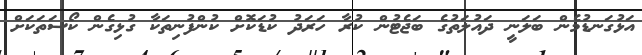
އަޅުގަނޑުމެން ބަލަނީ ދައުލަތުގެ ބަޖެޓުން ކުރާ ހަރަދު ކުޑަކޮށް ކުންފުނިތަކާ ގުޅިގެން ކޯސަތަކަށް